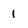
Character: l